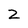
Character: Z